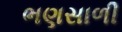
ભણસાળી